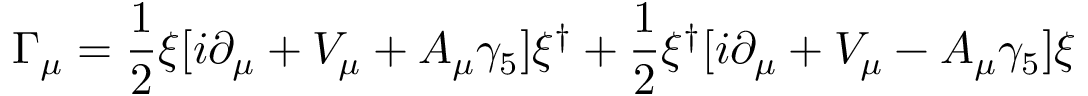
\Gamma _ { \mu } = \frac { 1 } { 2 } \xi [ i \partial _ { \mu } + V _ { \mu } + A _ { \mu } \gamma _ { 5 } ] \xi ^ { \dagger } + \frac { 1 } { 2 } \xi ^ { \dagger } [ i \partial _ { \mu } + V _ { \mu } - A _ { \mu } \gamma _ { 5 } ] \xi